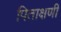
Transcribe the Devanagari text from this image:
पिताक्षणी